Indian Civil Veterinary Department memoirs
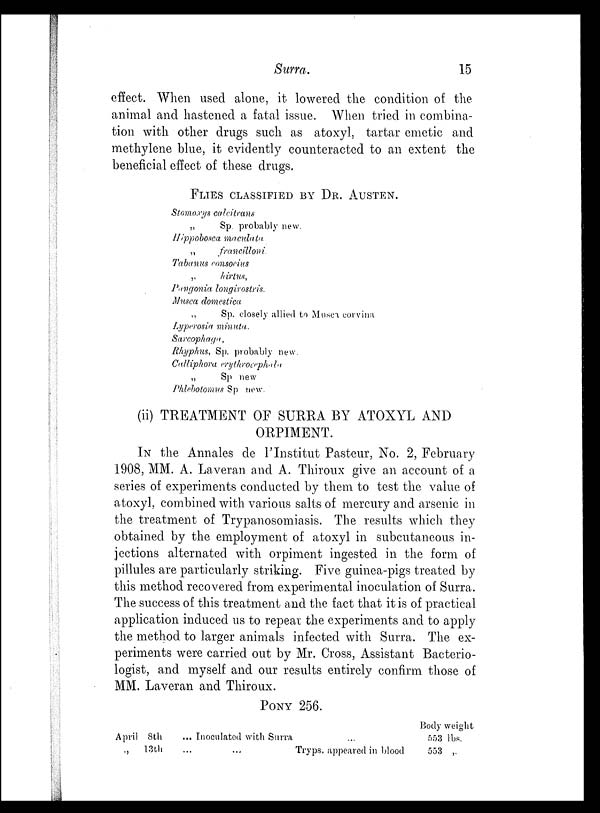
Surra.
15
effect. When used alone, it lowered the condition of. the
animal and hastened a fatal issue. When tried in combina-
tion with other drugs such as atoxyl, tartar emetic and
methylene blue, it evidently counteracted to an extent the
beneficial effect of these drugs.
FLIES CLASSIFIED BY DR. AUSTEN.
Stomoxys calcitrans
„
Sp. probably new.
Hippobosca maculata
„
francilloni.
Tabanus consocius
„
hirtus,
Pangonia longirostris.
Musca domestica
„
Sp. closely allied to Musca corvina
Lyperosia minuta.
Sarcophaga,
Rhyphus, Sp. probably new.
Calliphora erythrocephala.
„
Sp new
Phlebotomus Sp new.
(ii) TREATMENT OF SURRA BY ATOXYL AND
ORPIMENT.
IN the Annales de l'Institut Pasteur, No. 2, February
1908, MM. A. Laveran and A. Thiroux give an account of a
series of experiments conducted by them to test the value of
atoxyl, combined with various salts of mercury and arsenic in
the treatment of Trypanosomiasis. The results which they
obtained by the employment of atoxyl in subcutaneous in-
jections alternated with orpiment ingested in the form of
pillules are particularly striking. Five guinea-pigs treated by
this method recovered from experimental inoculation of Surra.
The success of this treatment and the fact that it is of practical
application induced us to repeat the experiments and to apply
the method to larger animals infected with Surra. The ex-
periments were carried out by Mr. Cross, Assistant Bacterio-
logist, and myself and our results entirely confirm those of
MM. Laveran and Thiroux.
PONY 256.
April 8th
„
13th
... Inoculated with Surra
... ...
...
Tryps. appeared in blood
Body weight
553 lbs.
553 „